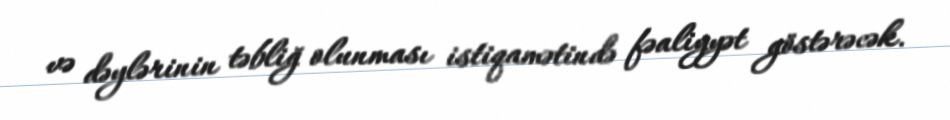
və dəylərinin təbliğ olunması istiqamətində fəaliyyət göstərəcək.